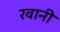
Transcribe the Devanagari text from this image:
रवानी